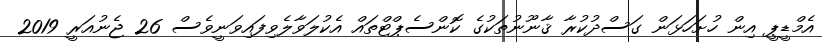
އެމްޑީޕީ އިން ހުށަހަޅަން ގަސްދުކުރާ ޤާނޫނުތަކުގެ ކޮންސެޕްޓްތައް އެކުލަވާލެވިފައިވަނީވެސް 26 ޖެނުއަރީ 2019